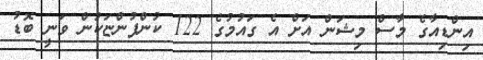
އިންޑިއާގެ މާސް މިޝަން އަށް އެ ގައުމުގެ 122 ކުންފުންޏަކުން ވަނީ ބޮޑު